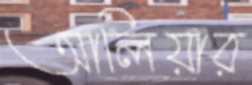
আলিয়ার